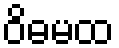
ဝိဓမထ